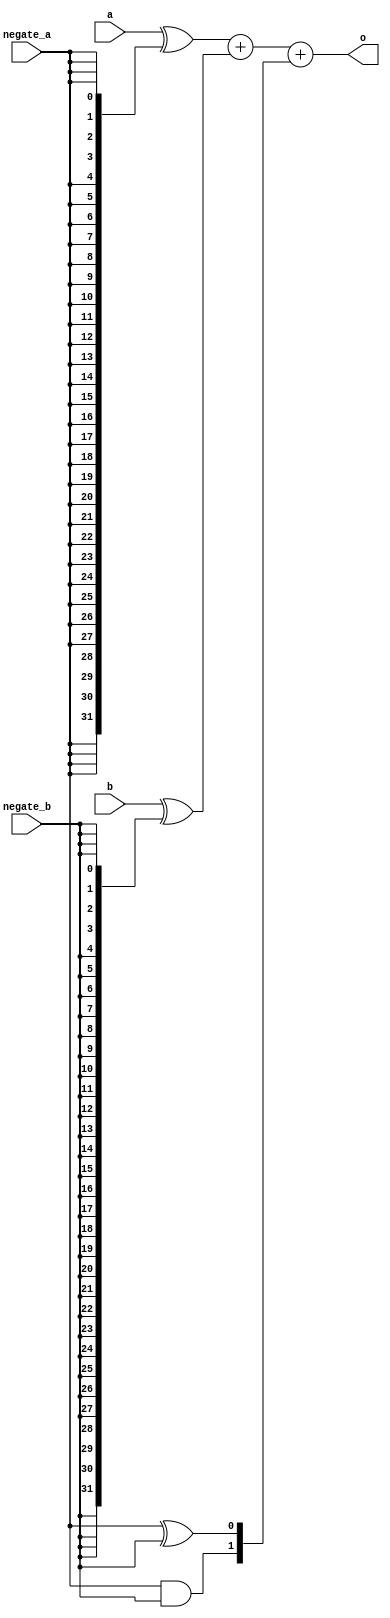
///////////////////////////////////////////////////////////////////////////////////////////////////
//
// Copyright 2021 by Heqing Huang (feipenghhq@gamil.com)
//
// ~~~ Verilog implementation of Advanced Synthesis Cookbook ~~~
//
// Module Name: double_addsub
//
//
// ================== Description ==================
//
// Double Addsub/ Basic Addsub
//
// From book:
// You can implement (+/-A) as A when the sign is + and invert (A) + 1 when the sign
// is . Because A and B are in the process of being summed, the +1s can be implemented
// at the same time (+0 when both are positive, +1 when exactly one is negative, and +2
// when both are negative).
// The XOR arrays feeding the adder A and B ports implement the invert step. The adder
// C channel implements +0, +1, or +2 as appropriate to finish the twos complement.
// Area cost is one cell per bit, packed in two cells per ALM
//
///////////////////////////////////////////////////////////////////////////////////////////////////

module double_addsub #(
    parameter WIDTH = 32
) (
    input [WIDTH-1:0] a,
    input [WIDTH-1:0] b,
    input negate_a,
    input negate_b,
    output [WIDTH-1:0] o
);


wire [WIDTH-1:0] a_negated;
wire [WIDTH-1:0] b_negated;
wire [1:0] constant;

assign a_negated = a ^ {WIDTH{negate_a}};
assign b_negated = b ^ {WIDTH{negate_b}};
assign constant = {negate_a & negate_b, negate_a ^ negate_b};

assign o = a_negated + b_negated + constant;

endmodule